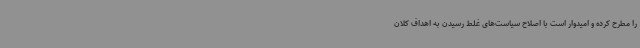
را مطرح کرده و امیدوار است با اصلاح سیاست‌های غلط رسیدن به اهداف کلان